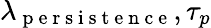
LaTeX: \lambda_{\mathrm{~p~e~r~s~i~s~t~e~n~c~e~}},\tau_{p}